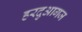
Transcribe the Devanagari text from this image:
हरदुआगज